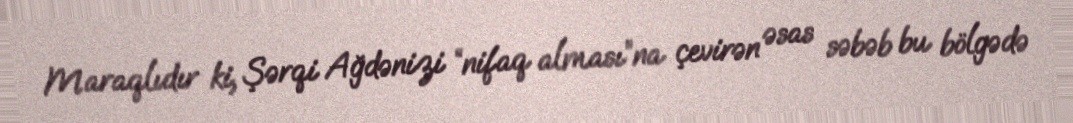
Maraqlıdır ki, Şərqi Ağdənizi “nifaq alması”na çevirən əsas səbəb bu bölgədə